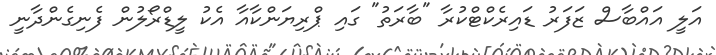
އަލީ އައްބާސް ޒަފަރު ޑައިރެކްޓްކުރާ "ބާރަތު" ގައި ޕްރިޔަންކާއާ އެކު ލީޑްރޯލުން ފެނިގެންދާނީ